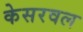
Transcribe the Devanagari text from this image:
केसरवल